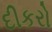
દીકરો